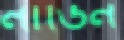
নাডিন